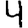
Digit: 4